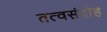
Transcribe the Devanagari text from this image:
तत्वसंदोह